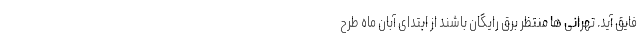
فایق آید. تهرانی ها منتظر برق رایگان باشند از ابتدای آبان ماه طرح